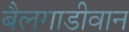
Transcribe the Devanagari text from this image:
बैलगाडीवान